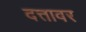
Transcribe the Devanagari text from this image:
दत्तावर